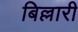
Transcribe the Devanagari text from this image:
बिल्लारी